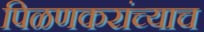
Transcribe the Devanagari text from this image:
पिळणकरांच्याच